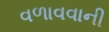
વળાવવાની